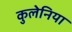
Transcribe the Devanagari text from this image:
कुलेनिया